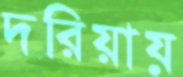
দরিয়ায়